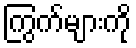
ကြွက်များကို